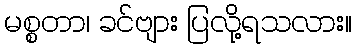
မစ္စတာ၊ ခင်ဗျား ပြလို့ရသလား။